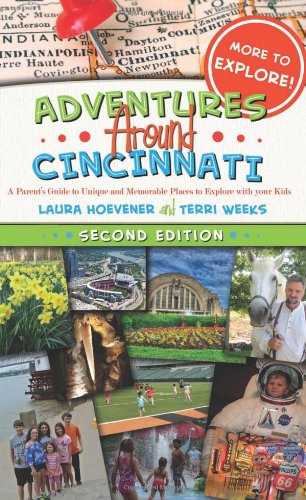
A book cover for Adventures Around Cincinnati: A Parent's Guide to Unique and Memorable Places to Explore with your Kids (2nd ed.); Laura Hoevener; Travel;